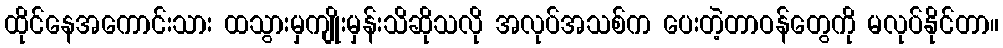
ထိုင်နေအကောင်းသား ထသွားမှကျိုးမှန်းသိဆိုသလို အလုပ်အသစ်က ပေးတဲ့တာဝန်တွေကို မလုပ်နိုင်တာ။